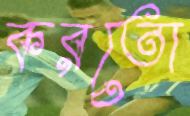
করতো